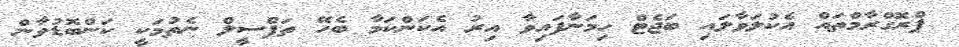
ޕްރޮގްރާމްތައް އެކުލަވާލައި ބަޖެޓް ހިމަނާފައިވާ އިރު އެކަންކަމާ ބެހޭ ތަފްސީލް ނެތުމަކީ ކަންބޮޑުވާން